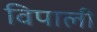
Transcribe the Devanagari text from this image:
विपाली